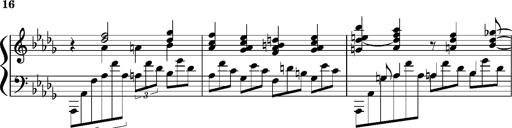
Title: Concerto sans orchestre, S.524a
Composer: Franz Liszt
Key: A major